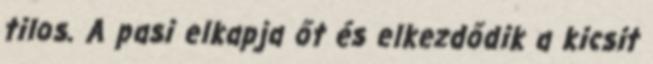
tilos. A pasi elkapja őt és elkezdődik a kicsit